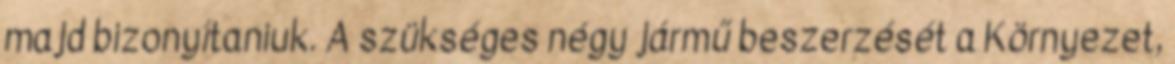
majd bizonyítaniuk. A szükséges négy jármű beszerzését a Környezet,